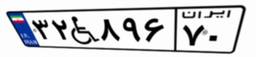
۷۱W۰۰۹۶۹